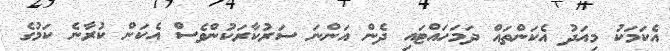
އެކަމަކު މިއަދު އެކަންތައް ދަމަހައްޓައި ދެން އަންނަ ސަރުކާރަކުންވެސް އެކަން ކުރާނެ ކަމުގެ